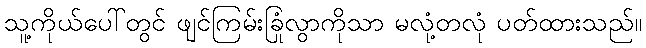
သူ့ကိုယ်ပေါ်တွင် ဖျင်ကြမ်းခြုံလွာကိုသာ မလုံ့တလုံ ပတ်ထားသည်။